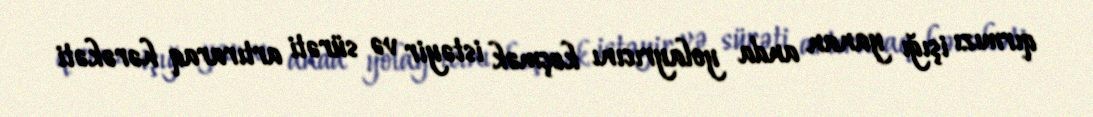
qırmızı işığı yanan anda yolayrıcını keçmək istəyir və sürəti artıraraq hərəkəti